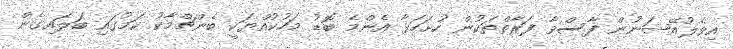
އިވެލުއޭޝަނުން ފާސްވާ ފަރާތްތަކުން ހުށަހަޅާ އެންމެ ބޮޑު މަހުކުއްޔަކީ ބެންޗްމާކު ކަމުގައި ބަލައިގެން